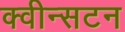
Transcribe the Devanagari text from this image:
क्वीन्सटन